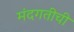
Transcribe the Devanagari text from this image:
मंदगतीची